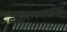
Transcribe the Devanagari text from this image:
लक्ष्मणनाईक